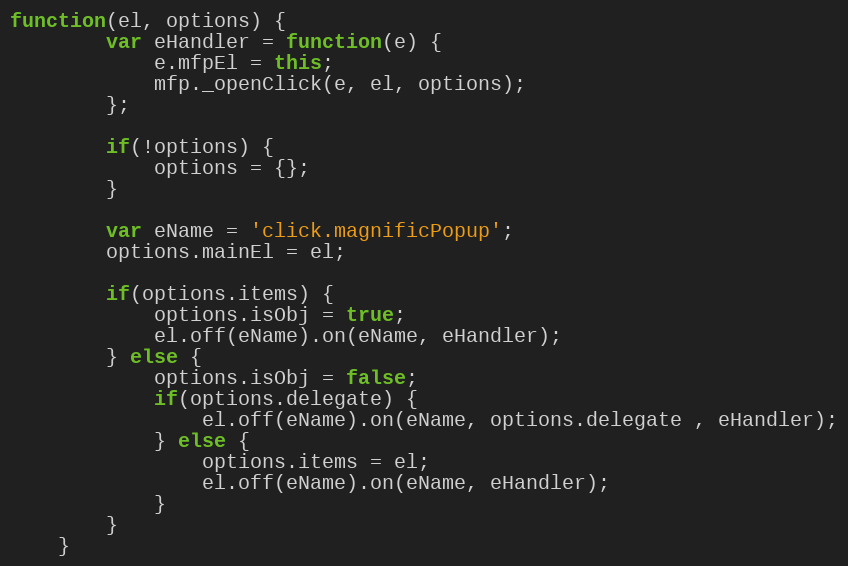
Language: JavaScript
function(el, options) {
		var eHandler = function(e) {
			e.mfpEl = this;
			mfp._openClick(e, el, options);
		};

		if(!options) {
			options = {};
		}

		var eName = 'click.magnificPopup';
		options.mainEl = el;

		if(options.items) {
			options.isObj = true;
			el.off(eName).on(eName, eHandler);
		} else {
			options.isObj = false;
			if(options.delegate) {
				el.off(eName).on(eName, options.delegate , eHandler);
			} else {
				options.items = el;
				el.off(eName).on(eName, eHandler);
			}
		}
	}